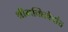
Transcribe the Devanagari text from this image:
श्रीभक्तिवेदांत